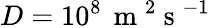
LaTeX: D=10^{8}\, \mathrm{~m~}^{2}\mathrm{~s~}^{-1}